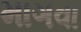
માગવા